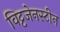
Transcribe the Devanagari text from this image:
विट्टजेनस्टीन